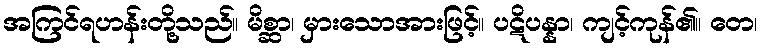
အကြင်ရဟန်းတို့သည်။ မိစ္ဆာ၊ မှားသောအားဖြင့်။ ပဋိပန္နာ၊ ကျင့်ကုန်၏။ တေ၊